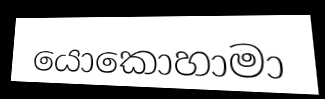
යොකොහාමා